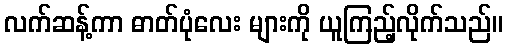
လက်ဆန့်ကာ ဓာတ်ပုံလေး များကို ယူကြည့်လိုက်သည်။